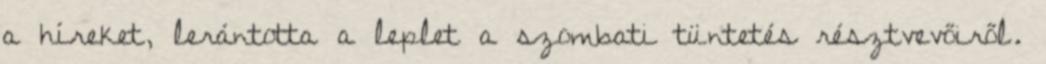
a híreket, lerántotta a leplet a szombati tüntetés résztvevőiről.